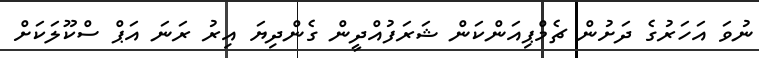
ނުވަ އަހަރުގެ ދަށުން ޗެމްޕިއަންކަން ޝަރަފުއްދީން ގެންދިޔަ އިރު ރަނަ އަޕް ސްކޫލަކަށް